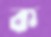
ক